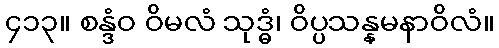
၄၁၃။ စန္ဒံဝ ဝိမလံ သုဒ္ဓံ၊ ဝိပ္ပသန္နမနာဝိလံ။